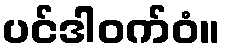
ပင်ဒါဝက်ဝံ။